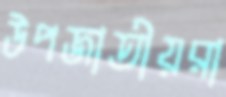
উপজাতীয়রা